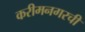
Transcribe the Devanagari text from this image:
करीमनगरची